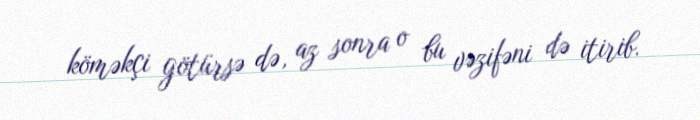
köməkçi götürsə də, az sonra o bu vəzifəni də itirib.